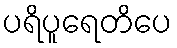
ပရိပူရေတိပေ